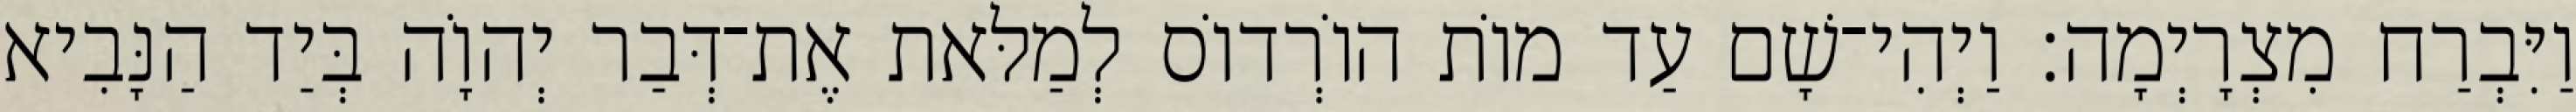
וַיִּבְרַח מִצְרָיְמָה׃ וַיְהִי־שָׁם עַד מוֹת הוֹרְדוֹס לְמַלּאת אֶת־דְּבַר יְהוָֹה בְּיַד הַנָּבִיא